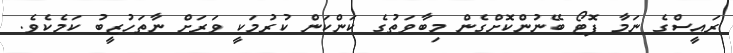
ރައީސްގެ ނަމާ ފޮޓޯ ބޭނުންކޮށްގެން މިބާވަތުގެ ކަންކަން ކުރުމަކީ ވަރަށް ނާތަހުޒީބު ކަމެކެވެ.